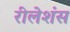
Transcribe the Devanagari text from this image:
रीलेशंस